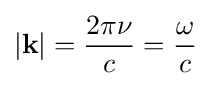
|\mathbf {k} |={\frac {2\pi \nu }{c}}={\frac {\omega }{c}}